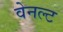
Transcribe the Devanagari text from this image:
वेनल्ट